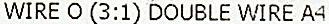
WIRE O (3:1) DOUBLE WIRE A4